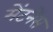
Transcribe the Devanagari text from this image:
मेंटनेंस